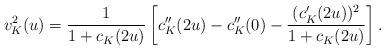
LaTeX: \begin{align*}v^2_K(u)=\frac{1}{1+c_K(2u)}\left[c^{\prime\prime}_K(2u)-c^{\prime\prime}_K(0)-\frac{(c^{\prime}_K(2u))^2}{1+c_K(2u)}\right]. \end{align*}